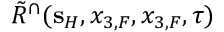
\tilde { R } ^ { \cap } ( { \bf s } _ { H } , x _ { 3 , F } , x _ { 3 , F } , \tau )